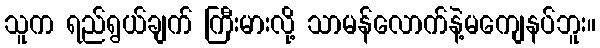
သူက ရည်ရွယ်ချက် ကြီးမားလို့ သာမန်လောက်နဲ့မကျေနပ်ဘူး။